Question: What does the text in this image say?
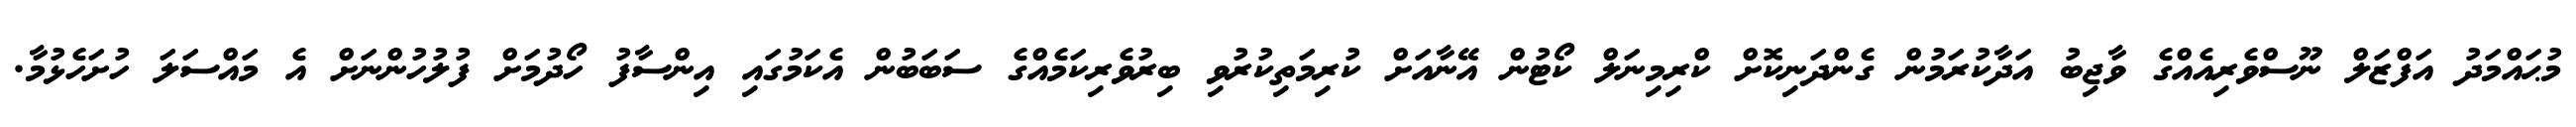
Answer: މުޙައްމަދު އަފްޒަލް ނޫސްވެރިއެއްގެ ވާޖިބު އަދާކުރަމުން ގެންދަނިކޮށް ކްރިމިނަލް ކޯޓުން އޭނާއަށް ކުރިމަތިކުރުވި ބިރުވެރިކަމެއްގެ ސަބަބުން އެކަމުގައި އިންސާފު ހޯދުމަށް ފުލުހުންނަށް އެ މައްސަލަ ހުށަހެޅުމާ.